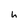
Character: h